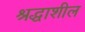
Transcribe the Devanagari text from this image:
श्रद्धाशील